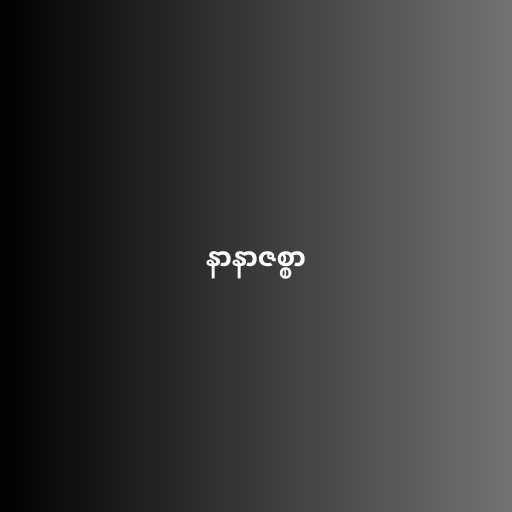
နာနာဇစ္စာ